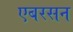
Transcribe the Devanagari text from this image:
एबरसन